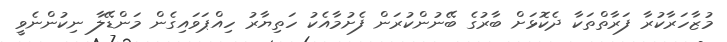
މުޒާހަރާކުރާ ފަރާތްތަކާ ދެކޮޅަށް ބާރުގެ ބޭނުންކުރަން ފެށުމާއެކު ހަތިޔާރު ހިއްޕަވައިގެން މަންޑޭލާ ނިކުންނެވީ